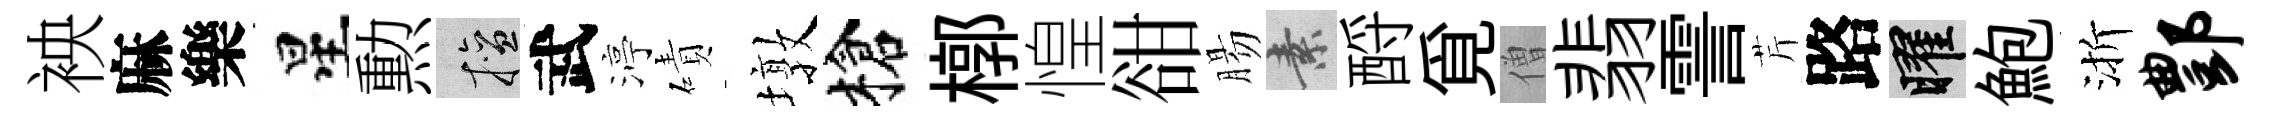
䘧麻樂星勲擅武渟磧墩槍槨惶𧮳腸素酹覓僧翡霅芹路曜鮑渐酆